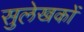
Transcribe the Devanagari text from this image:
सुलेखकों